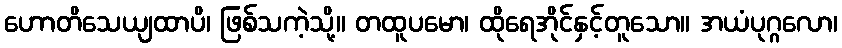
ဟောတိသေယျထာပိ၊ ဖြစ်သကဲ့သို့။ တထူပမော၊ ထိုရေအိုင်နှင့်တူသော။ အယံပုဂ္ဂလော၊